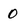
Character: 0